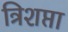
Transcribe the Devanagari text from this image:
त्रिशप्ता